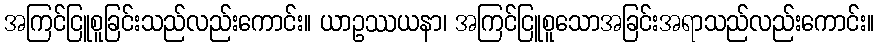
အကြင်ငြူစူခြင်းသည်လည်းကောင်း။ ယာဥဿယနာ၊ အကြင်ငြူစူသောအခြင်းအရာသည်လည်းကောင်း။